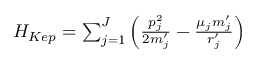
\begin{array} { r } { { \cal H } _ { K e p } = \sum _ { j = 1 } ^ { J } \left( \frac { p _ { j } ^ { 2 } } { 2 m _ { j } ^ { \prime } } - \frac { \mu _ { j } m _ { j } ^ { \prime } } { r _ { j } ^ { \prime } } \right) } \end{array}